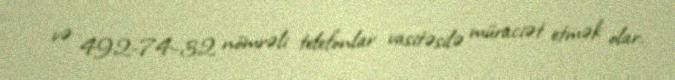
və 492-74-32 nömrəli telefonlar vasitəsilə müraciət etmək olar.